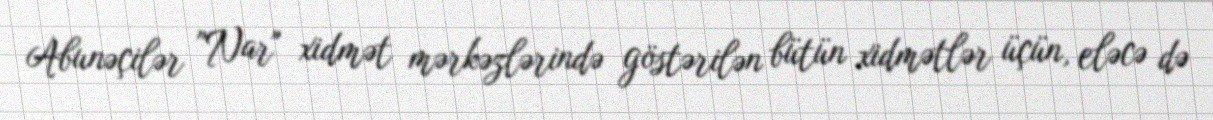
Abunəçilər "Nar" xidmət mərkəzlərində göstərilən bütün xidmətlər üçün, eləcə də